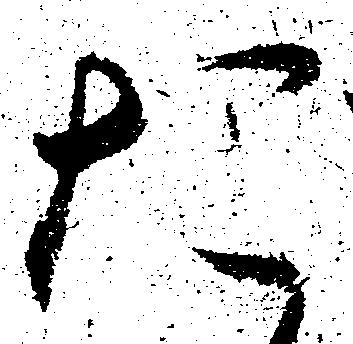
た